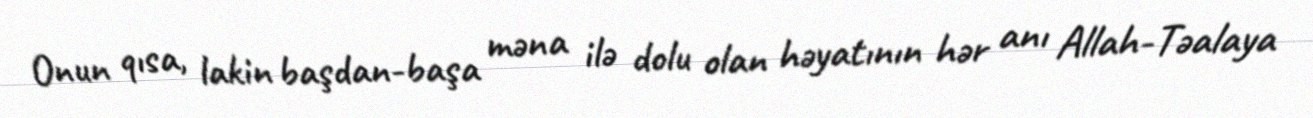
Onun qısa, lakin başdan-başa məna ilə dolu olan həyatının hər anı Allah-Təalaya